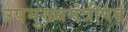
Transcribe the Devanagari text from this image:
उपमुख्यमंत्रीपद